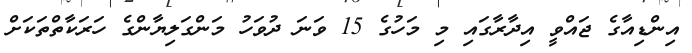
އިންޑިއާގެ ޖައްވީ އިދާރާގައި މި މަހުގެ 15 ވަނަ ދުވަހު މަންގަލިޔާންގެ ހަރަކާތްތަކަށް